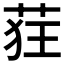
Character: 𫈃